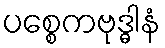
ပစ္စေကဗုဒ္ဓါနံ